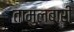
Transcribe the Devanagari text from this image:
तामुलबारी